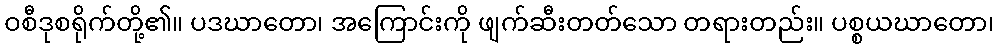
ဝစီဒုစရိုက်တို့၏။ ပဒဃာတော၊ အကြောင်းကို ဖျက်ဆီးတတ်သော တရားတည်း။ ပစ္စယဃာတော၊